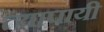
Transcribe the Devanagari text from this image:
त्यापायी